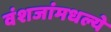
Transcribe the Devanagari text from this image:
वंशजांमधल्ये